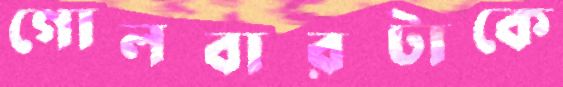
গোলবারটাকে